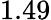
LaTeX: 1.49